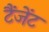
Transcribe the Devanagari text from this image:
टैंजेंट